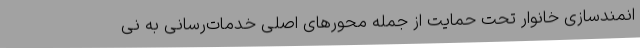
انمندسازی خانوار تحت حمایت از جمله محورهای اصلی خدمات‌رسانی به نی